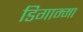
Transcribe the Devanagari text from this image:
डिगाम्मा